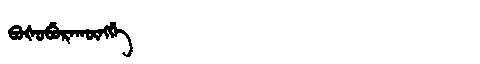
Manchu: ᠪᠣᡧᠣᠪᡠᡵᠠᡴᡡᠩᡤᡝ
Romanization: BOŠOBURAKŪNGGE